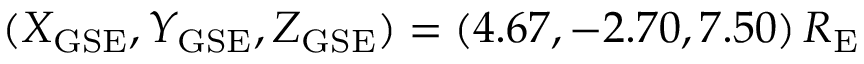
( X _ { \mathrm { G S E } } , Y _ { \mathrm { G S E } } , Z _ { \mathrm { G S E } } ) = ( 4 . 6 7 , - 2 . 7 0 , 7 . 5 0 ) \, R _ { \mathrm { E } }